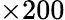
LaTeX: \times 200